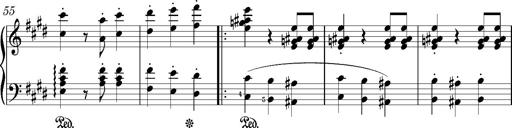
Title: Valses oubliÃ©es
Composer: Franz Liszt